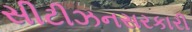
સીટીઝનસરકારી